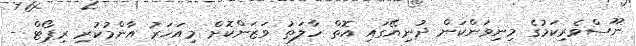
ނޫސްވެރިކަމުގެ މިނިވަންކަން ދުނިޔޭގައި އޮތް ހާލަތު ވަޒަންކޮށް މިއަހަރު އާންމުކުރި ރިޕޯޓް -